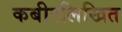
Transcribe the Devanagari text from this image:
कबीरलिखित